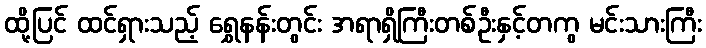
ထို့ပြင် ထင်ရှားသည့် ရွှေနန်းတွင်း အရာရှိကြီးတစ်ဦးနှင့်တကွ မင်းသားကြီး